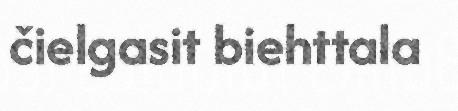
čielgasit biehttala